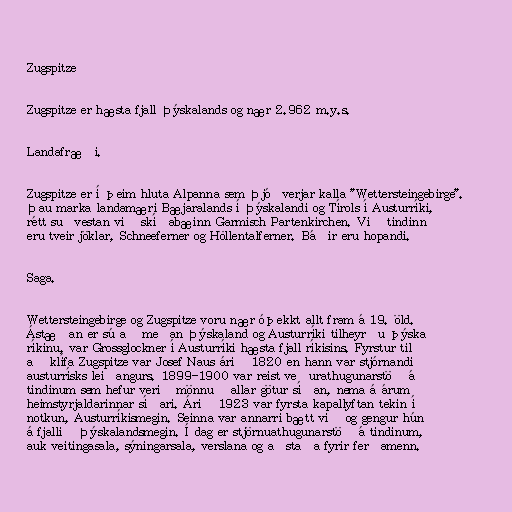
Zugspitze

Zugspitze er hæsta fjall Þýskalands og nær 2.962 m.y.s.

Landafræði.

Zugspitze er í þeim hluta Alpanna sem Þjóðverjar kalla "Wettersteingebirge".
Þau marka landamæri Bæjaralands í Þýskalandi og Tírols í Austurríki,
rétt suðvestan við skíðabæinn Garmisch Partenkirchen. Við tindinn
eru tveir jöklar, Schneeferner og Höllentalferner. Báðir eru hopandi.

Saga.

Wettersteingebirge og Zugspitze voru nær óþekkt allt fram á 19. öld.
Ástæðan er sú að meðan Þýskaland og Austurríki tilheyrðu þýska
ríkinu, var Grossglockner í Austurríki hæsta fjall ríkisins. Fyrstur til
að klífa Zugspitze var Josef Naus árið 1820 en hann var stjórnandi
austurrísks leiðangurs. 1899-1900 var reist veðurathugunarstöð á
tindinum sem hefur verið mönnuð allar götur síðan, nema á árum
heimstyrjaldarinnar síðari. Árið 1923 var fyrsta kapallyftan tekin í
notkun, Austurríkismegin. Seinna var annarri bætt við og gengur hún
á fjallið Þýskalandsmegin. Í dag er stjörnuathugunarstöð á tindinum,
auk veitingasala, sýningarsala, verslana og aðstaða fyrir ferðamenn.